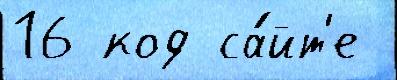
16 код са́йт'е